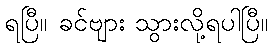
ရပြီ။ ခင်ဗျား သွားလို့ရပါပြီ။